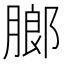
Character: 𬛋